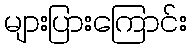
များပြားကြောင်း